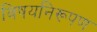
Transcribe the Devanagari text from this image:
विषयनिरूपण